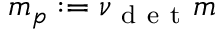
m _ { p } : = \nu _ { \mathrm { ~ d ~ e ~ t ~ } } m